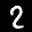
Label: 2